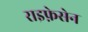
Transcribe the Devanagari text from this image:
राइफ़ेसेन